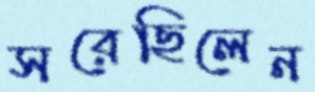
সরেছিলেন